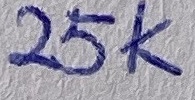
Text: 25K